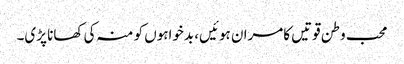
محب وطن قوتیں کامران ہوئیں، بدخواہوں کو منہ کی کھانا پڑی۔